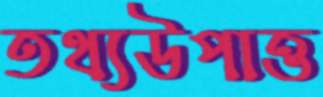
তথ্যউপাত্ত